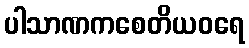
ပါသာဏကစေတိယဝရေ